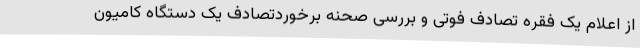
از اعلام یک فقره تصادف فوتی و بررسی صحنه برخوردتصادف یک دستگاه کامیون